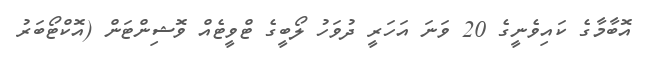
އޮބާމާގެ ކައިވެނީގެ 20 ވަނަ އަހަރީ ދުވަހު ލޯބީގެ ޓްވީޓެއް ވޮޝިންޓަން (އޮކްޓޯބަރު